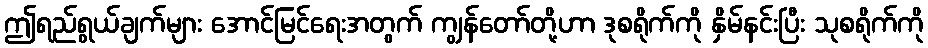
ဤရည်ရွယ်ချက်များ အောင်မြင်ရေးအတွက် ကျွန်တော်တို့ဟာ ဒုစရိုက်ကို နှိမ်နင်းပြီး သုစရိုက်ကို